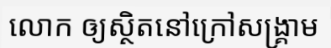
លោក ឲ្យស្ថិតនៅក្រៅសង្គ្រាម